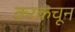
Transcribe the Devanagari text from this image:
करकचून